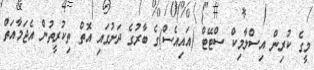
މީގެ ކުރިން އިސްލާމިކް ސްޓޭޓް (އައިއެސް)ގެ ބާރުގެ ދަށުގައި އޮތް ތިކުރީތުން އެޖަމާއަތް